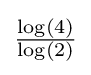
\textstyle {\frac {\log(4)}{\log(2)}}